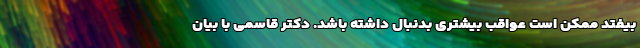
بیفتد ممکن است عواقب بیشتری بدنبال داشته باشد. دکتر قاسمی با بیان